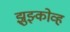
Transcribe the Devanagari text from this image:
झुझ्कोव्ह